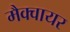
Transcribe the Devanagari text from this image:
मैक्वायर